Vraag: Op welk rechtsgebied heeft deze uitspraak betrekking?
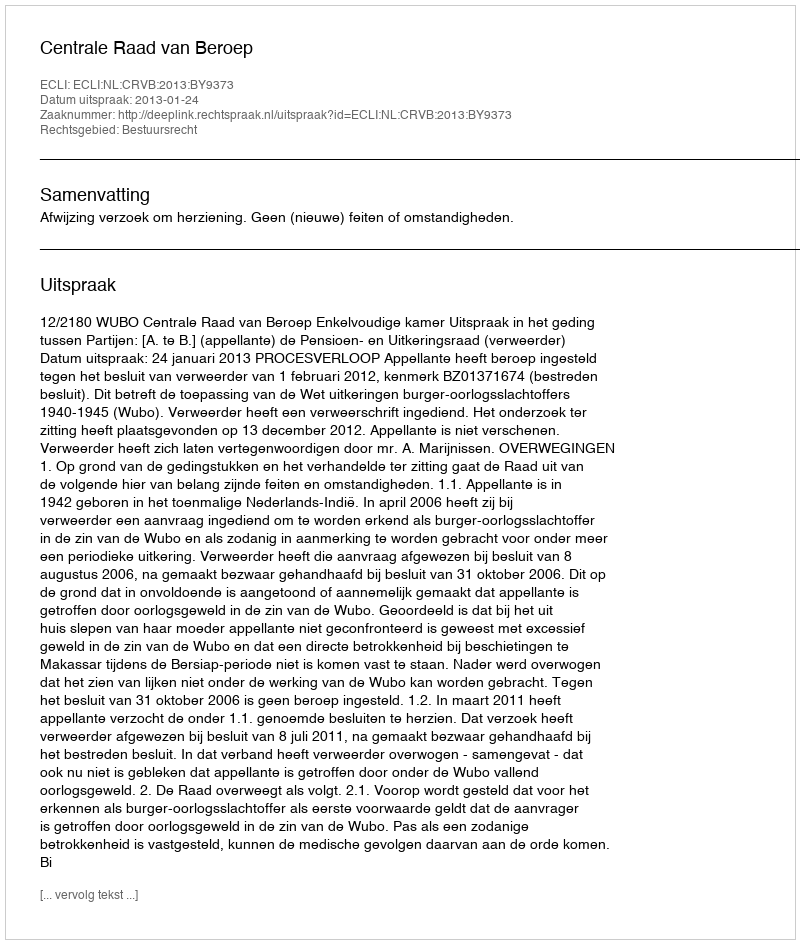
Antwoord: Bestuursrecht